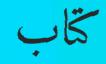
كتاب